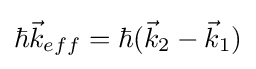
\hbar {\vec {k}}_{eff}=\hbar ({\vec {k}}_{2}-{\vec {k}}_{1})